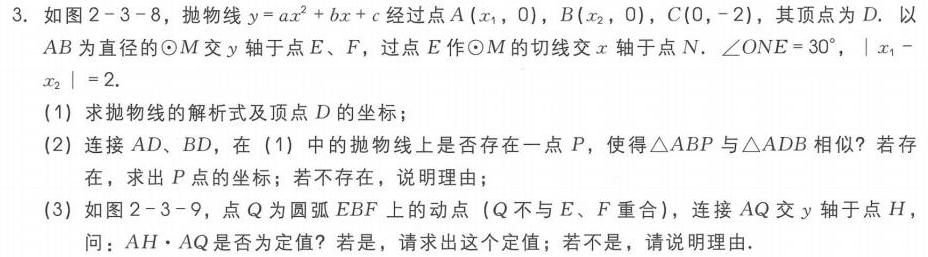
3. 如图2 - 3 - 8，抛物线\(y = ax^{2}+bx + c\)经过点\(A(x_{1},0)\)，\(B(x_{2},0)\)，\(C(0,-2)\)，其顶点为\(D\). 以\(AB\)为直径的\(\odot M\)交\(y\)轴于点\(E\)，\(F\)，过点\(E\)作\(\odot M\)的切线交\(x\)轴于点\(N\). \(\angle ONE = 30^{\circ}\)，\(\vert x_{1}-x_{2}\vert=2\).
(1)求抛物线的解析式及顶点\(D\)的坐标；
(2)连接\(AD\)、\(BD\)，在(1)中的抛物线上是否存在一点\(P\)，使得\(\triangle ABP\)与\(\triangle ADB\)相似？若存在，求出\(P\)点的坐标；若不存在，说明理由；
(3)如图2 - 3 - 9，点\(Q\)为圆弧\(EBF\)上的动点（\(Q\)不与\(E\)、\(F\)重合），连接\(AQ\)交\(y\)轴于点\(H\)，问：\(AH\cdot AQ\)是否为定值？若是，请求出这个定值；若不是，请说明理由.